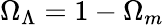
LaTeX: \Omega_{\Lambda}=1-\Omega_{m}